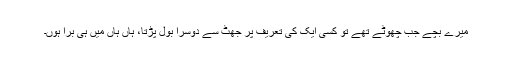
میرے بچے جب چھوٹے تھے تو کسی ایک کی تعریف پر جھٹ سے دوسرا بول پڑتا، ہاں ہاں میں ہی برا ہوں۔